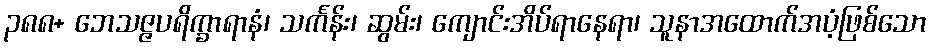
၃၈၈+ ဘေသဇ္ဇပရိက္ခာရာနံ၊ သင်္ကန်း၊ ဆွမ်း၊ ကျောင်းအိပ်ရာနေရာ၊ သူနာအထောက်အပံ့ဖြစ်သော